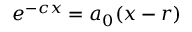
e ^ { - c x } = a _ { 0 } ( x - r )